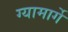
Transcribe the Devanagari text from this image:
ग्यामार्गे